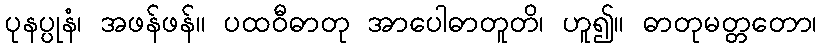
ပုနပ္ပုနံ၊ အဖန်ဖန်။ ပထဝီဓာတု အာပေါဓာတူတိ၊ ဟူ၍။ ဓာတုမတ္တတော၊